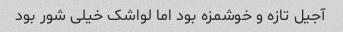
آجیل تازه و خوشمزه بود اما لواشک خیلی شور بود